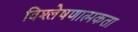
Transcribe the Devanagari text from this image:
विश्लेषणात्मकता